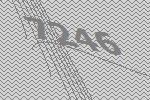
7246